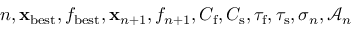
n , \ensuremath { \mathbf { x } } _ { \mathrm { b e s t } } , f _ { \mathrm { b e s t } } , \ensuremath { \mathbf { x } } _ { n + 1 } , f _ { n + 1 } , C _ { \mathrm { f } } , C _ { \mathrm { s } } , \tau _ { \mathrm { f } } , \tau _ { \mathrm { s } } , \sigma _ { n } , \mathcal { A } _ { n }